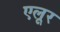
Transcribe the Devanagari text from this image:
एलूर